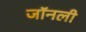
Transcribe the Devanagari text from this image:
जॉनली